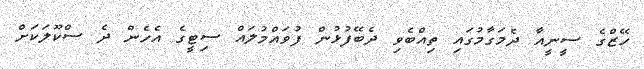
ހޭޒްގެ ސީނީއާ ދެމަގާމުގައި ތިއްބެވި ދެބޭފުޅުން ފުވައްމުލައް ސިޓީގެ އެހެން ދެ ސްކޫލަކަށް